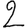
Digit: 2